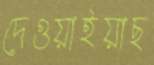
দেওয়াইয়াছ